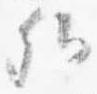
卿